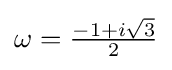
\omega ={\tfrac {-1+i{\sqrt {3}}}{2}}